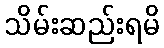
သိမ်းဆည်းရမိ